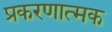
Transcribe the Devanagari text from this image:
प्रकरणात्मक